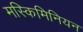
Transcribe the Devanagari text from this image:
मस्किमिनियन